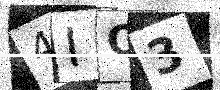
Text: 4IQ3